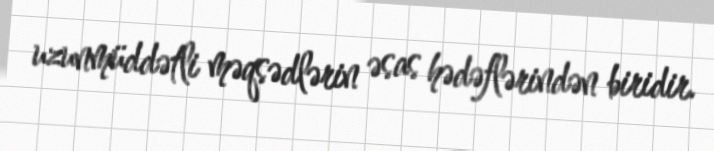
uzunmüddətli məqsədlərin əsas hədəflərindən biridir.